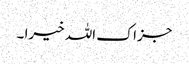
جزاک اللہ خیرا ۔